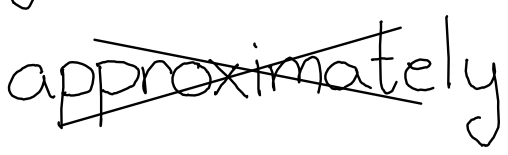
Text: approximately
Cross-out: cross
Writing tool: digital_black